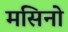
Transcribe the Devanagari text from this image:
मसिनो